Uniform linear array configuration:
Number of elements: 16
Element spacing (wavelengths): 0.5
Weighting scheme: kaiser
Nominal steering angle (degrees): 30
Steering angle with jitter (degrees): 29.717
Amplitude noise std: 0.05
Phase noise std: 0.05

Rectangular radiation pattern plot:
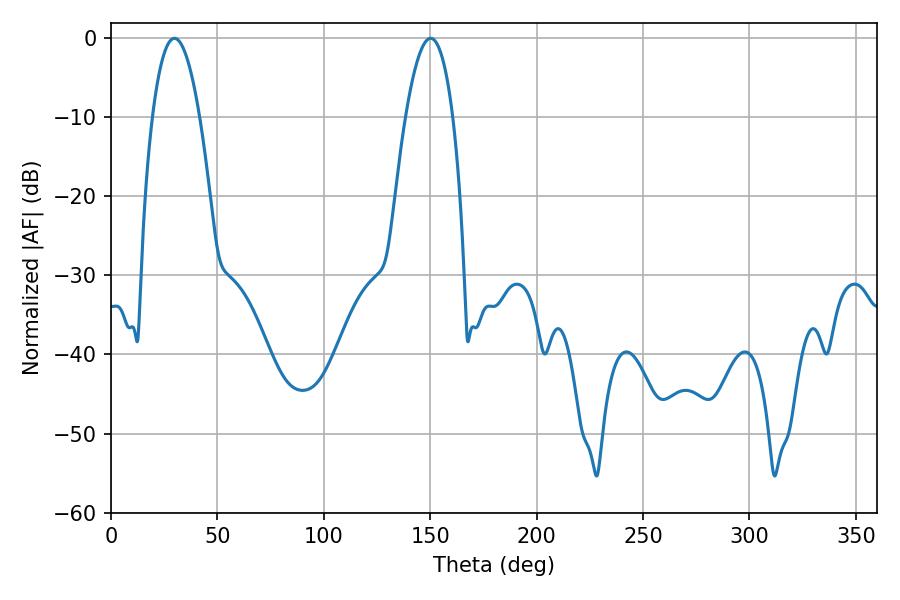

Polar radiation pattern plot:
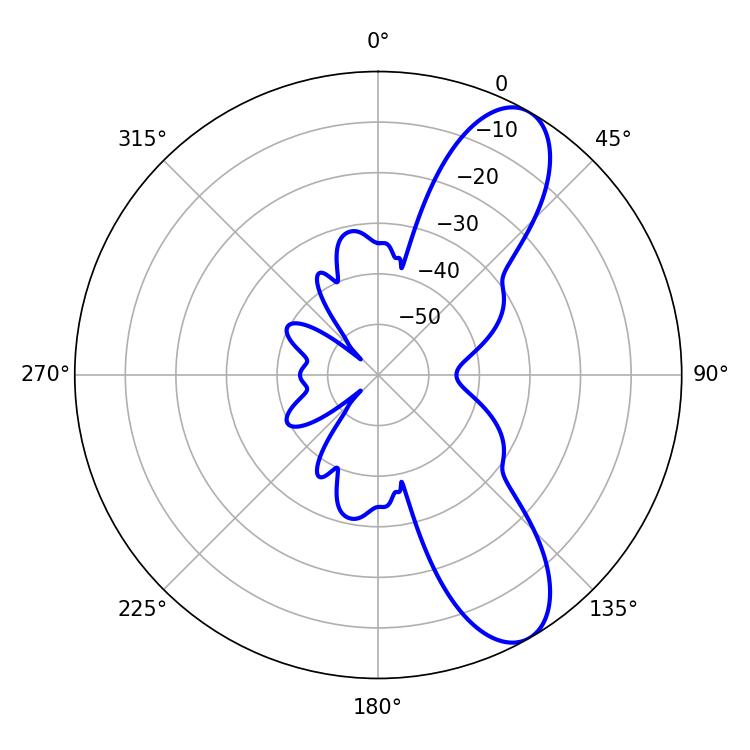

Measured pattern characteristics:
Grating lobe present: FALSE
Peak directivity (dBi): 9.388
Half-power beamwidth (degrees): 12.24
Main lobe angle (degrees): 29.88